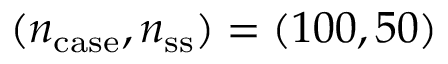
( n _ { \mathrm { c a s e } } , n _ { \mathrm { s s } } ) = ( 1 0 0 , 5 0 )